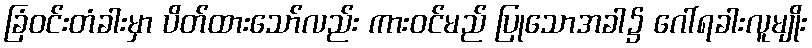
ခြံဝင်းတံခါးမှာ ပိတ်ထားသော်လည်း ကားဝင်မည် ပြုသောအခါ၌ ဂေါ်ရခါးလူမျိုး